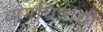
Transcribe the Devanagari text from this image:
व्यंगचित्रांचीं